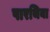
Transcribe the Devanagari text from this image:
पारथिया